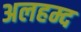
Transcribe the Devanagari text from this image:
अलहम्द